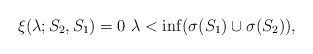
\begin{align*}\xi(\lambda ; S_2,S_1) = 0 \, \, \lambda < \inf(\sigma(S_1) \cup \sigma(S_2)), \end{align*}